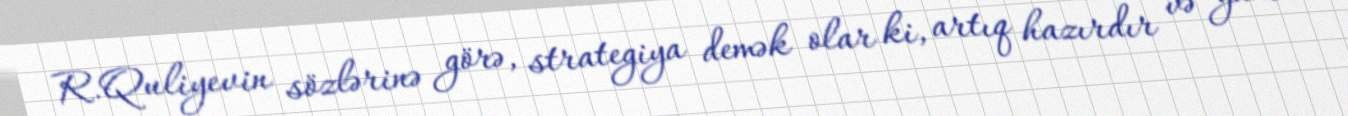
R.Quliyevin sözlərinə görə, strategiya demək olar ki, artıq hazırdır və yaxın